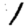
Digit: 1